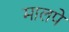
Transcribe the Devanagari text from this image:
मालपे